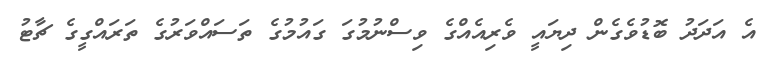
އެ އަދަދު ބޮޑުވެގެން ދިޔައީ ވެރިއެއްގެ ވިސްނުމުގަ ގައުމުގެ ތަސައްވަރުގެ ތަރައްގީގެ ޗާޓު